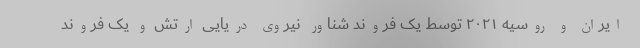
ایران و روسیه ۲۰۲۱ توسط یک فروند شناور نیروی دریایی ارتش و یک فروند